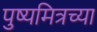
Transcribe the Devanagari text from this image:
पुष्यमित्रच्या